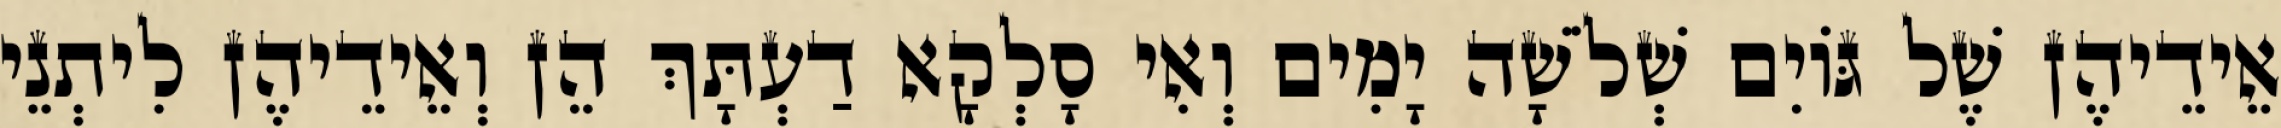
אֵידֵיהֶן שֶׁל גּוֹיִם שְׁלֹשָׁה יָמִים וְאִי סָלְקָא דַעְתָּךְ הֵן וְאֵידֵיהֶן לִיתְנֵי